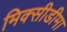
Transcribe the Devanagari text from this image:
मिक्सीडीमा